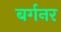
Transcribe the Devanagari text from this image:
बर्गनर